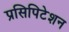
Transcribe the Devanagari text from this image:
प्रसिपिटेशन